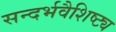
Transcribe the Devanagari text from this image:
सन्दर्भवैशिष्ट्य